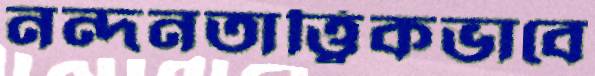
নন্দনতাত্ত্বিকভাবে